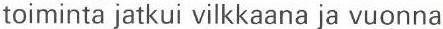
toiminta jatkui vilkkaana ja vuonna